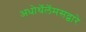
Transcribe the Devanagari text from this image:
अधोथॅलॅमसद्वारे